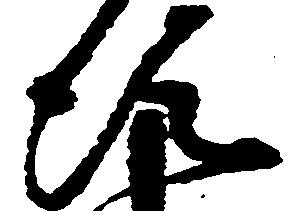
次